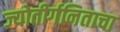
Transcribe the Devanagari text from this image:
ज्योतीर्गनिताचा